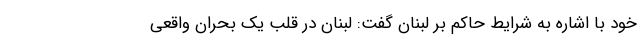
خود با اشاره به شرایط حاکم بر لبنان گفت: لبنان در قلب یک بحران واقعی